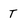
Character: T